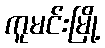
ကူမင်းမြို့